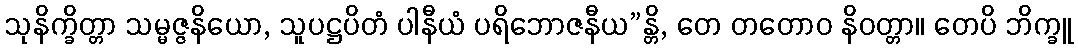
သုနိက္ခိတ္တာ သမ္မဇ္ဇနိယော, သူပဋ္ဌပိတံ ပါနီယံ ပရိဘောဇနီယ”န္တိ, တေ တတောဝ နိဝတ္တာ။ တေပိ ဘိက္ခူ